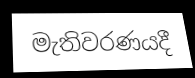
මැතිවරණයදී